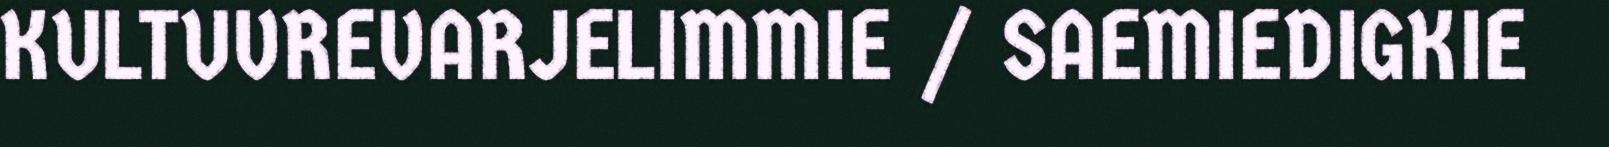
KULTUVREVARJELIMMIE / SAEMIEDIGKIE